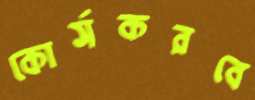
কোর্সকরবে